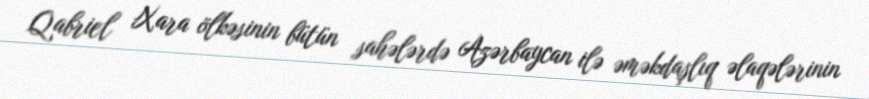
Qabriel Xara ölkəsinin bütün sahələrdə Azərbaycan ilə əməkdaşlıq əlaqələrinin